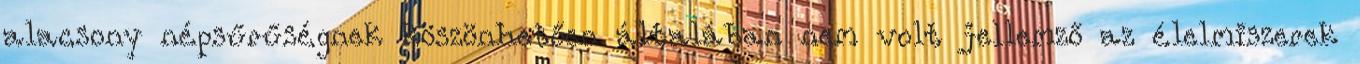
alacsony népsűrűségnek köszönhetően általában nem volt jellemző az élelmiszerek